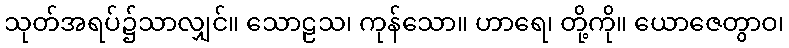
သုတ်အရပ်၌သာလျှင်။ သောဠသ၊ ကုန်သော။ ဟာရေ၊ တို့ကို။ ယောဇေတွာဝ၊